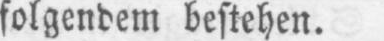
folgendem bestehen.